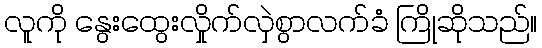
လူကို နွေးထွေးလှိုက်လှဲစွာလက်ခံ ကြိုဆိုသည်။